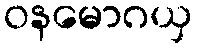
ဝနမောဂယှ